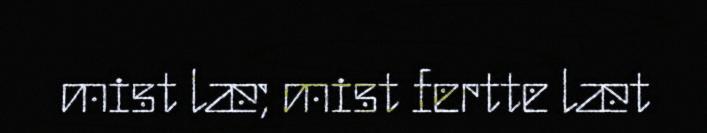
mist læ; mist fertte læt